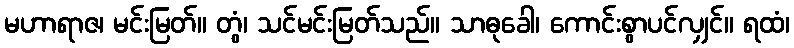
မဟာရာဇ၊ မင်းမြတ်။ တွံ၊ သင်မင်းမြတ်သည်။ သာဓုခေါ၊ ကောင်းစွာပင်လျှင်။ ရထံ၊